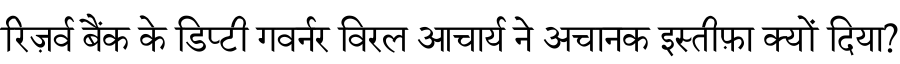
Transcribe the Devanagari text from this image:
रिज़र्व बैंक के डिप्टी गवर्नर विरल आचार्य ने अचानक इस्तीफ़ा क्यों दिया?